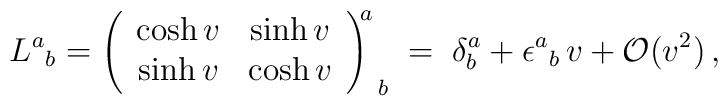
L^{a}{}_{b}=\left( \begin{array}{cc}\cosh v & \sinh v\\\sinh v & \cosh v\end{array}\right) ^{\! \! a}_{\, \; b}\; =\; \delta ^{a}_{b}+\epsilon ^{a}{}_{b}\, v+\mathcal{O}(v^{2})\, ,